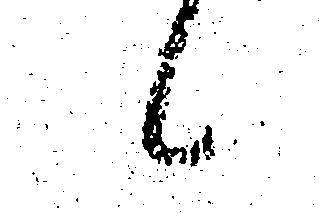
候